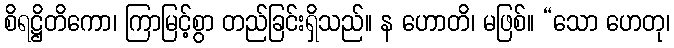
စိရဋ္ဌိတိကော၊ ကြာမြင့်စွာ တည်ခြင်းရှိသည်။ န ဟောတိ၊ မဖြစ်။ “သော ဟေတု၊